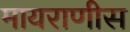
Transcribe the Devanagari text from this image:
मायराणीस